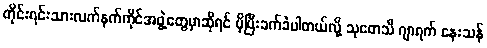
တိုင်းရင်းသားလက်နက်ကိုင်အဖွဲ့တွေမှာဆိုရင် ပိုပြီးခက်ခဲပါတယ်လို့ သုတေသီ ဂျာရက် နေးသန်